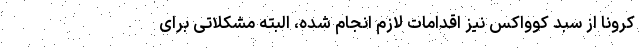
کرونا از سبد کوواکس نیز اقدامات لازم انجام شده، البته مشکلاتی برای